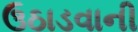
ઉઠાડવાની